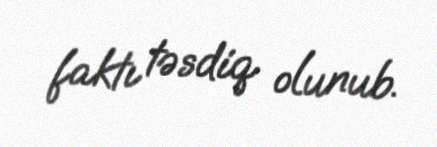
faktı təsdiq olunub.